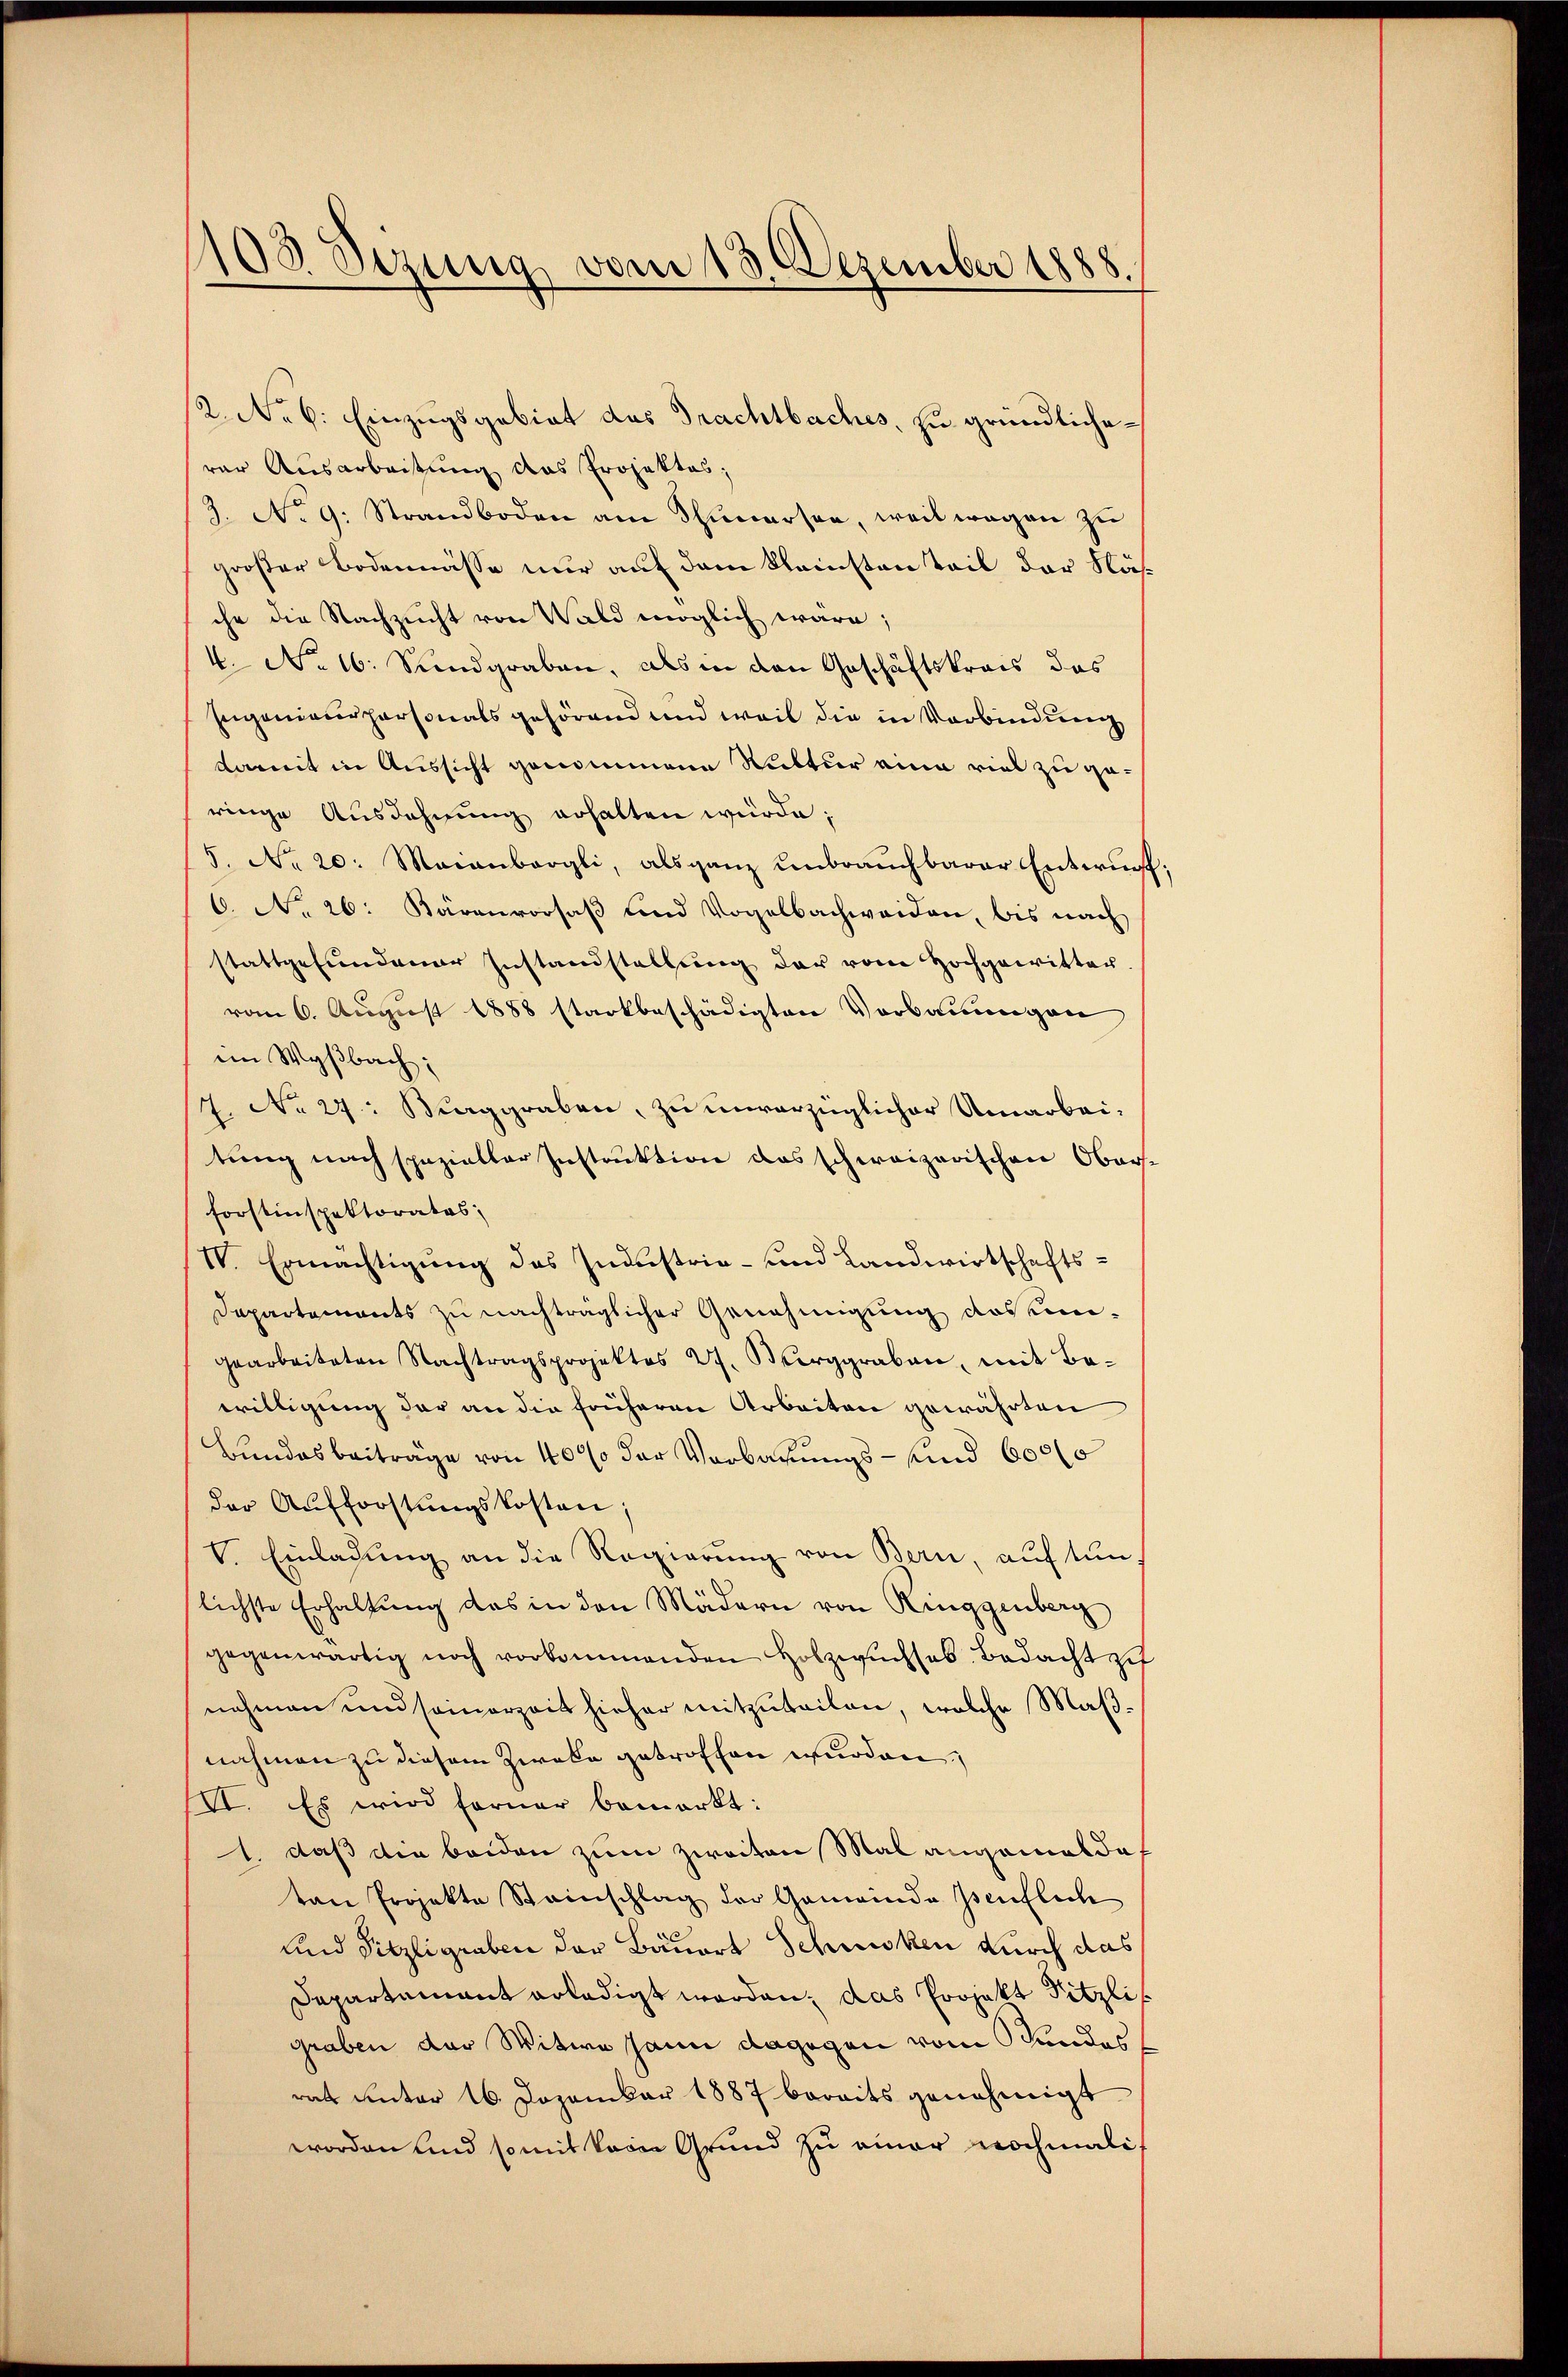
103 Sezung vom 13. Dezember 1888.

2.Nr. 6. Einzugsgebiet des Trachtbaches, zu gründliche
rar Ausarbeitung das Projektes,
3. No. 9. Strandboden am Schŭnersee, weil wegen zŭ
großer Bodenmässe nur auf dem Kleinsten Teil der Näsche die Nachzucht von Wald möglich wäre;
4. No 16. Sundgraben, als in den Geschäftskrais das
Engenieurpersonals gehörend und weil die in Verbindung
dareit in Aussicht genommene Kultur eine viel zu geringe Ausdehnung erhalten würde;
5. No 20. Maianbergli, als ganz unbrauchbarer Entwurff
6. No 26: Kärenvorsaß und Vogelbachweiden, bis nach
stattgefundener Instandstellung der vom Hochgewitter.
vom 6. August 1858 starkbeschädigten Vorbauungen
im Wyßbach;
7. No 27: Berggraben, zu unvorzüglicher Umarbei-
tung nach spezieller Instruktion das schweizerischen Obers¬
Forstinspektorates;
IV. Ermächtigŭng des Industrie- und Landwirtschafts¬
Departements zu nachträglicher Genehmigung des eigearbeiteten Nachtragsprojektes 2. Furggraben, mit Be-
willigung der an die früheren Arbeiten gewährten
Bundesbeiträge von 4000 der Verbauungs- und 600 l
der Aufforstŭngskosten;
V. Einladung an die Regierung von Bern, auf tun
lichste Erhaltung des in den Mädern von Ringgenberg
gegenwärtig noch vorkommenden Holzwuchsab. Bedacht zu
nehmen und seinerzeit hieher mitzuteilen, welche Maßnahmen zu diesem Zweke getroffen wurden;
VI. Es wird ferner bemerkt:
1. daß die beiden zum zweiten Mal angemeldet
tan Projekte Steinschlag der Gemeinde Isenflich
und Sitzligraben der Bauert Schwisken durch das
Departamant erledigt worden, das Projekt Pitzli
graben der Witwe Jann dagegen vom Stundesrat unter 16. Dezember 1887 bereits genehmigt
worden und somit keine Grund zu einer nochmalit